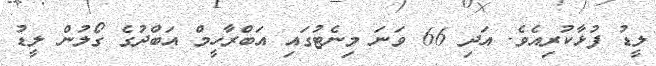
ލީޑު ފުޅާކުރިއެވެ. އަދި 66 ވަނަ މިނެޓުގައި އަބްރާހީމް އަބްދުގެ ގޯލުން ލީޑު